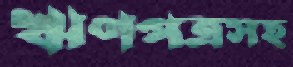
ঋণপত্রসহ